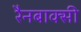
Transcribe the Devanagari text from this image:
रैनबाक्सी